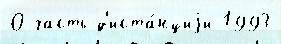
О часть д'иста́нциjи 1993